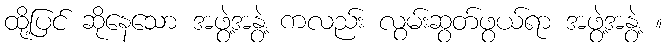
ထို့ပြင် ဆိုနေသော အဖွဲ့အနွဲ့ ကလည်း လွမ်းဆွတ်ဖွယ်ရာ အဖွဲ့အနွဲ့ ။